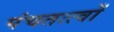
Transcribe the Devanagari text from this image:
पंचतत्त्वों